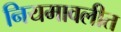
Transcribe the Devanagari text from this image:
नियमावलीत